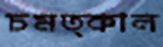
চমত্কাল